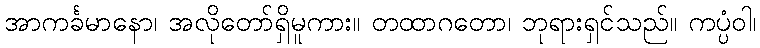
အာကင်္ခမာနော၊ အလိုတော်ရှိမူကား။ တထာဂတော၊ ဘုရားရှင်သည်။ ကပ္ပံဝါ၊